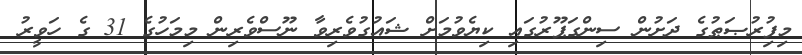
މިފިުރުޞަޠުގެ ދަށުން ސިންގަޕޫރުގައި ކިޔެވުމަށް ޝައުގުވެރިވާ ނޫސްވެރިން މިމަހުގެ 31 ގެ ހަވީރު